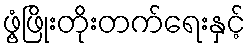
ဖွံ့ဖြိုးတိုးတက်ရေးနှင့်